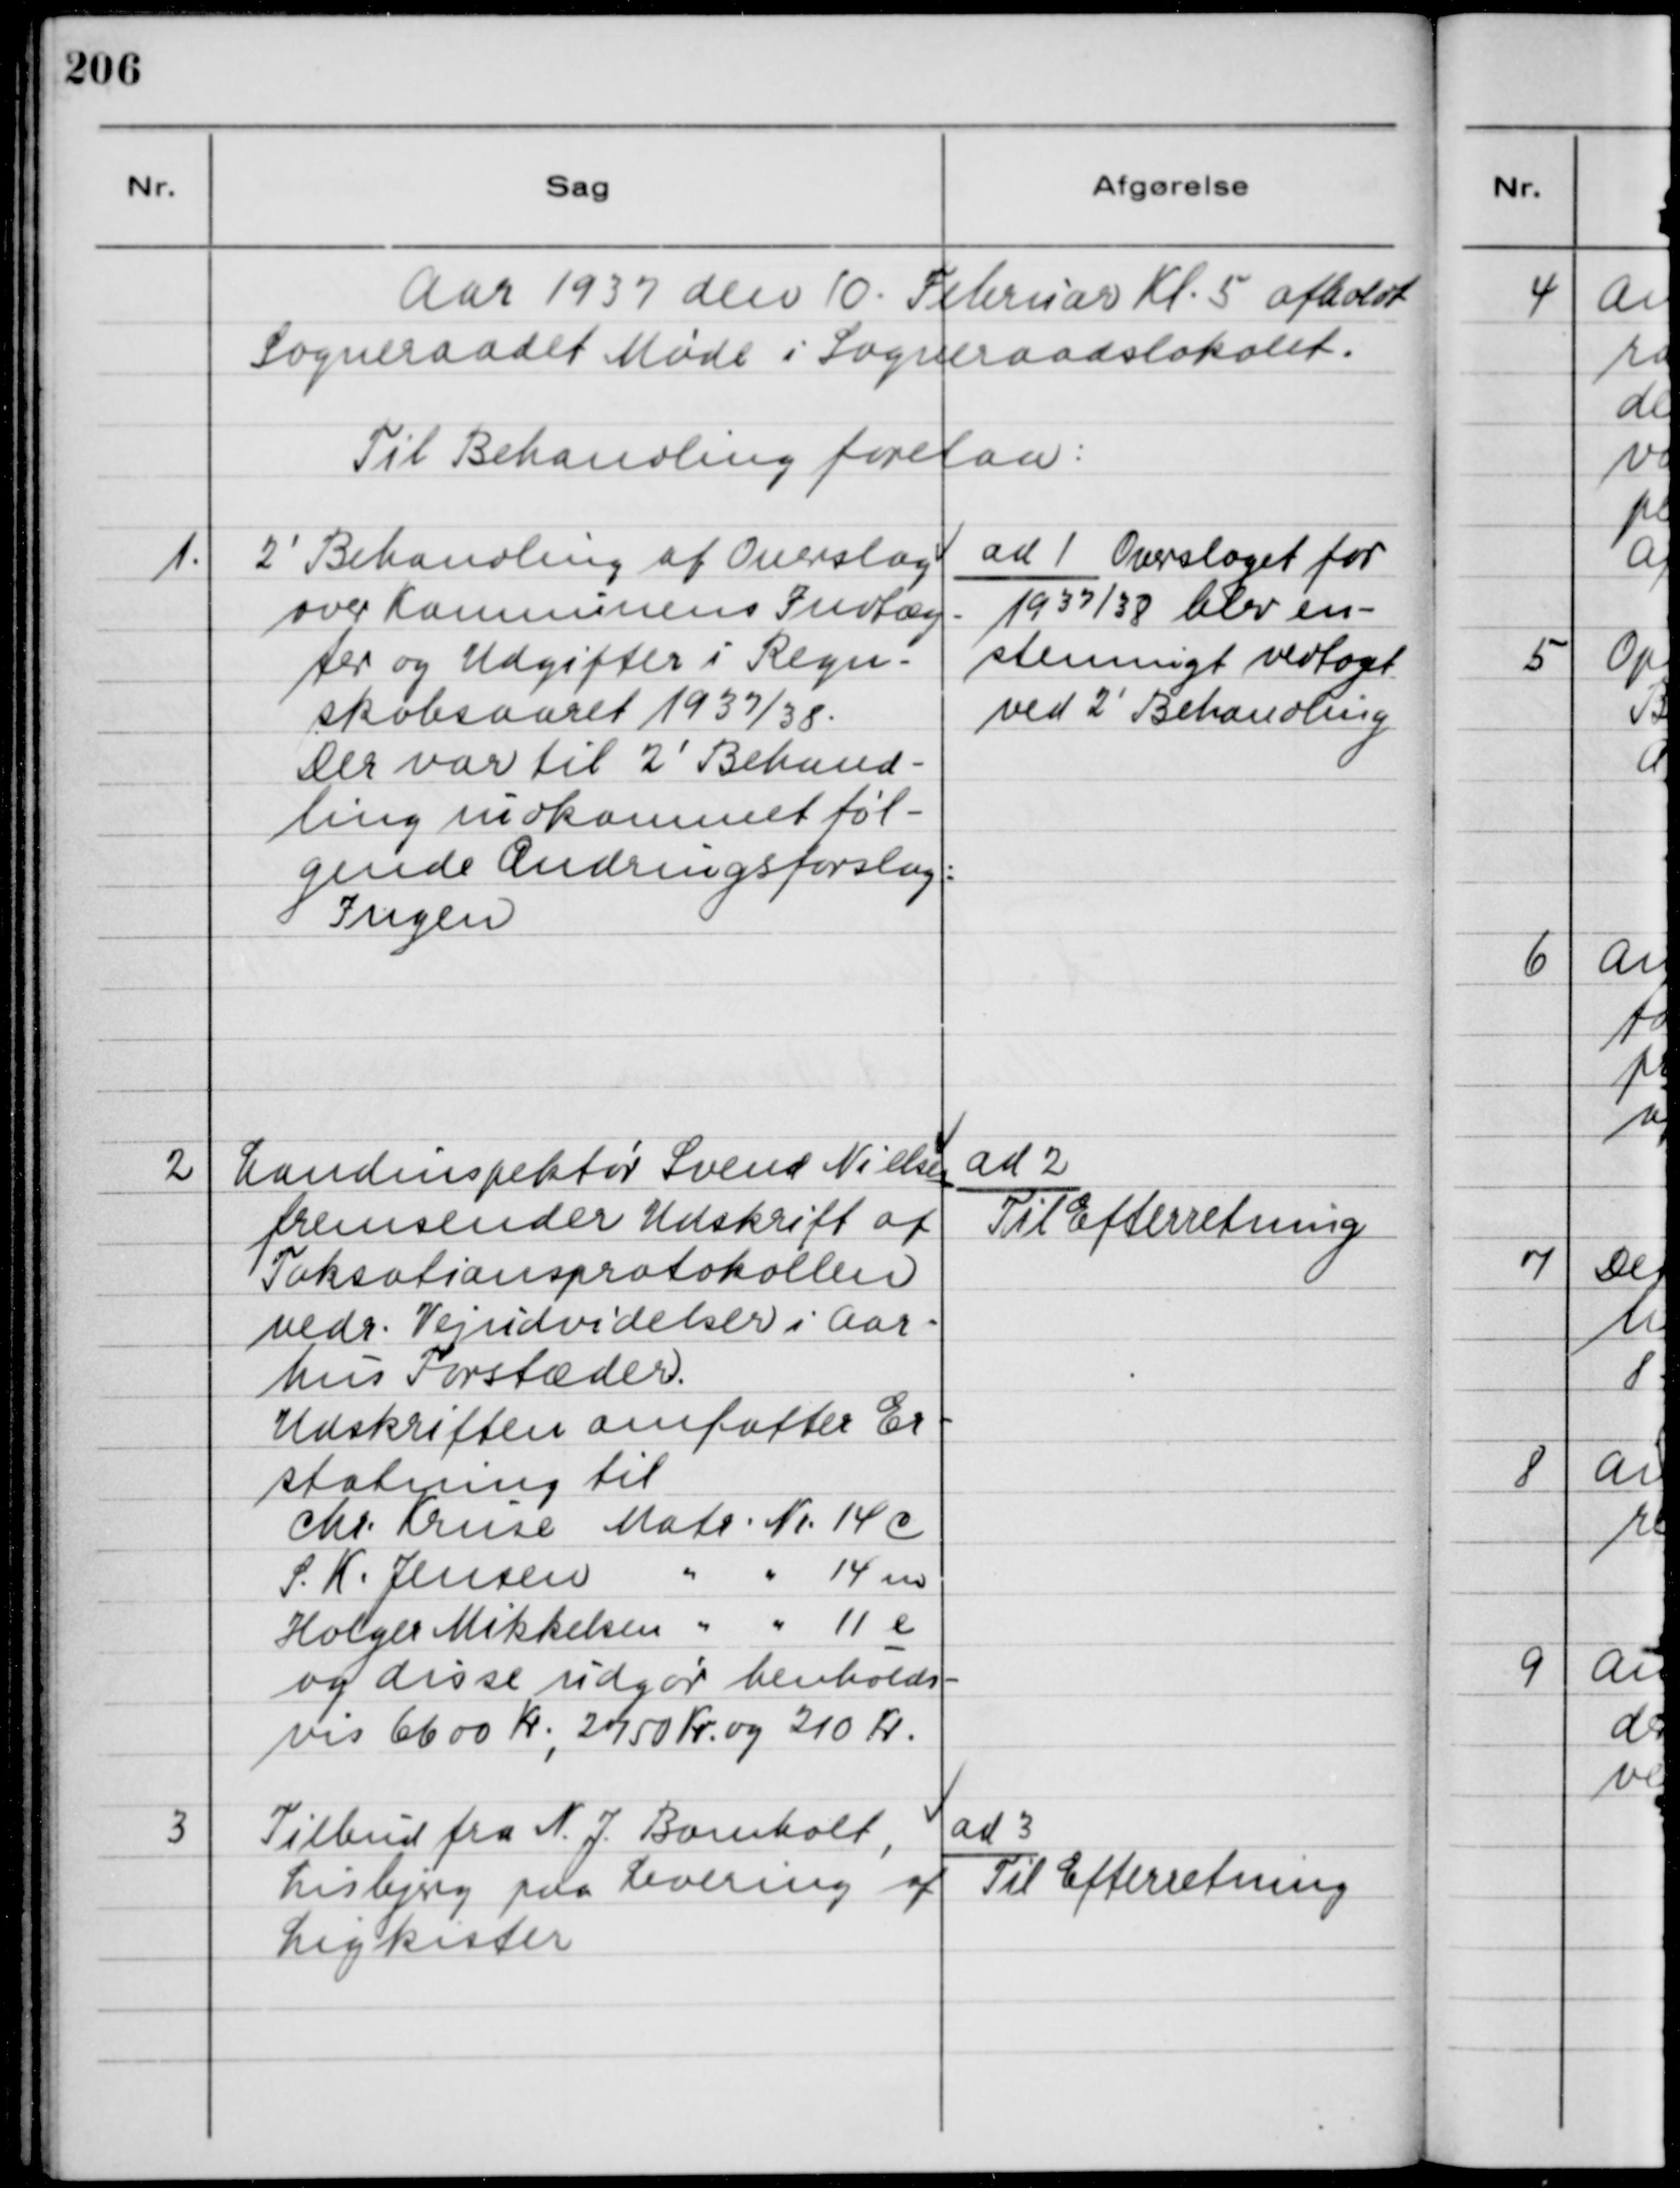
Transskription:
Aar 1937 den 10. Februar Kl. 5 afholdt
Sogneraadet Møde i Sogneraadslokalet.
Til Behandling forelaa:

1.
2
'
Behandling af Overslag
over Komunens Indtæg-
ter og Udgifter i Regn-
skabsaaret 1937/38.
Der var til 2
'
Behand-
ling indkommet føl-
gende Ændringsforslag:
Ingen

ad 1 Overslaget for
1937/38 blev en-
stemmigt vedtaget
ved 2
'
Behandling

2
Landinspektør Svend Nielsen
fremsender Udskrift af
Taksationsprotokollen
vedr. Vejudvidelser i Aar-
hus Forstæder.
Udskriften omfatter Er-
statning til
Chr. Kruse Matr. Nr. 14 c
S. K. Jensen " " 14 m
Holger Mikkelsen " " 11 e
og disse udgør henholds-
vis 6600 Kr., 2750 Kr. og 210 Kr.

ad 2
Til Efterretning

3
Tilbud fra N. J. Bomholt,
Lisbjerg paa Levering af
Ligkister

ad 3
Til Efterretning